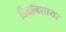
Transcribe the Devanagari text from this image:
डिवॉनशायर